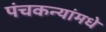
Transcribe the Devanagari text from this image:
पंचकन्यांमधे